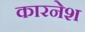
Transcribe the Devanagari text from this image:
कारनेश